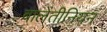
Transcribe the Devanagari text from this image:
बालेंतीनियन